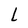
Character: l